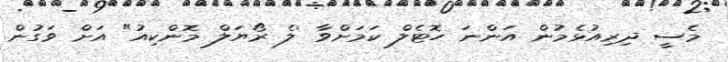
މެސީ ދިރިއުޅެމުން އަންނަ ހޮޓެލް ކަމަށްވާ 'ލެ ރޯޔަލް މޮންކިއު" އަށް ވަގުން